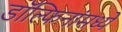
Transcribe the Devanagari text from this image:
डॉल्फिनांमध्ये